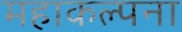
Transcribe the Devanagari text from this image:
महाकल्पना